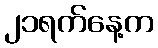
၂၁ရက်နေ့က